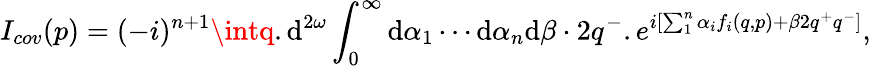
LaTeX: I_{cov}(p)=(-i)^{n+1}\intq.\mathrm{d}^{2\omega}\int_{0}^{\infty}\mathrm{d}\alpha_{1}\cdots\mathrm{d}\alpha_{n}\mathrm{d}\beta\cdot2q^{-}.e^{i[\sum_{1}^{n}\alpha_{i}f_{i}(q,p)+\beta2q^{+}q^{-}]},